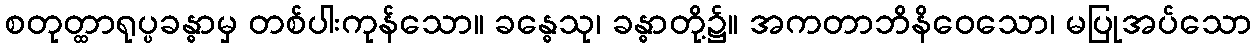
စတုတ္ထာရုပ္ပခန္ဓာမှ တစ်ပါးကုန်သော။ ခန္ဓေသု၊ ခန္ဓာတို့၌။ အကတာဘိနိဝေသော၊ မပြုအပ်သော